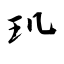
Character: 玑